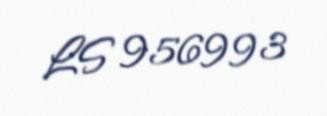
LS 956993